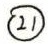
\textcircled{1}